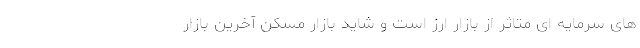
های سرمایه ای متاثر از بازار ارز است و شاید بازار مسکن آخرین بازار